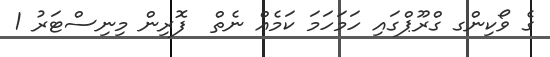
ގެ ވޯކިންގ ގްރޫޕްގައި ހަމަހަމަ ކަމެއް ނެތް  ފޮރިން މިނިސްޓަރު 1